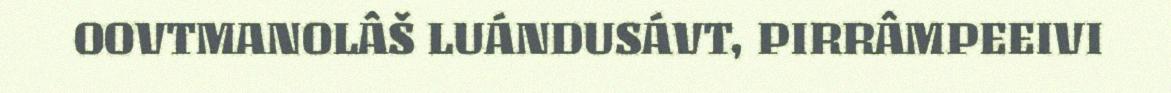
OOVTMANOLÂŠ LUÁNDUSÁVT, PIRRÂMPEEIVI